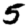
Digit: 5